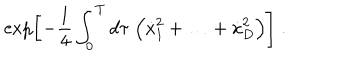
LaTeX: \exp \biggl [ - \frac { 1 } { 4 } \int _ { 0 } ^ { T } d \tau \; \Bigl ( \dot { x } _ { 1 } ^ { 2 } + \ldots + \dot { x } _ { D } ^ { 2 } \Bigr ) \biggr ] \; .